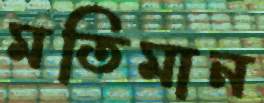
মতিমান